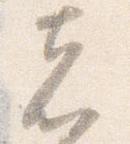
者